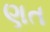
ણત